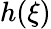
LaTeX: h(\xi)